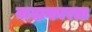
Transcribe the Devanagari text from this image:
कदाकारता